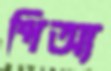
পিঅ্য